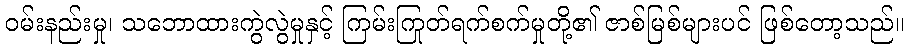
ဝမ်းနည်းမှု၊ သဘောထားကွဲလွဲမှုနှင့် ကြမ်းကြုတ်ရက်စက်မှုတို့၏ ဇာစ်မြစ်များပင် ဖြစ်တော့သည်။